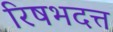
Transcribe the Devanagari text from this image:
रिषभदत्त